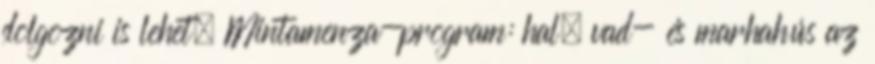
dolgozni is lehet. Mintamenza-program: hal, vad- és marhahús az